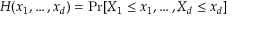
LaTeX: H ( x _ { 1 } , \dots , x _ { d } ) = \operatorname* { P r } [ X _ { 1 } \leq x _ { 1 } , \dots , X _ { d } \leq x _ { d } ]